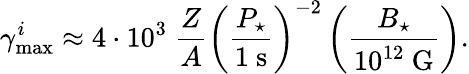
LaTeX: \gamma_{\mathrm{max}}^{i}\approx 4\cdot 10^{3}~\frac{Z}{A}\left(\frac{P_{\star}}{1~\textrm{s}}\right)^{-2}\left(\frac{B_{\star}}{10^{12}~\textrm{G}}\right).